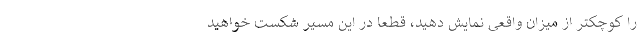
را کوچکتر از میزان واقعی نمایش دهید، قطعا در این مسیر شکست خواهید